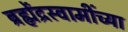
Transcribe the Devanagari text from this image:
ब्रह्मेंद्रस्वामींच्या